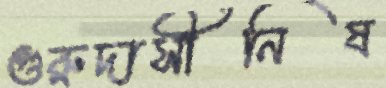
গুরুদাসীনিষ